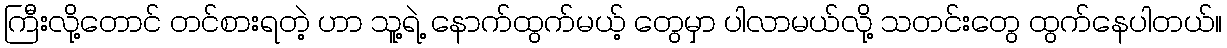
ကြီးလို့တောင် တင်စားရတဲ့ ဟာ သူ့ရဲ့ နောက်ထွက်မယ့် တွေမှာ ပါလာမယ်လို့ သတင်းတွေ ထွက်နေပါတယ်။